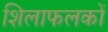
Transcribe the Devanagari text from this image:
शिलाफलकों